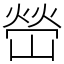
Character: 嵤